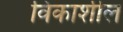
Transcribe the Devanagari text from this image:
विकाशील